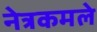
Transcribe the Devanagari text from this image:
नेत्रकमले